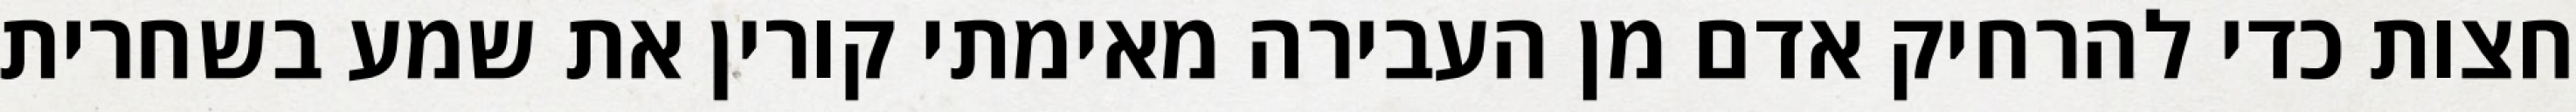
חצות כדי להרחיק אדם מן העבירה מאימתי קורין את שמע בשחרית